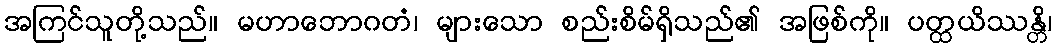
အကြင်သူတို့သည်။ မဟာဘောဂတံ၊ များသော စည်းစိမ်ရှိသည်၏ အဖြစ်ကို။ ပတ္ထယိဿန္တိ၊